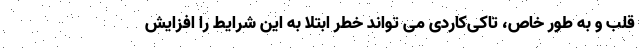
قلب و به طور خاص، تاکی‌کاردی می تواند خطر ابتلا به این شرایط را افزایش